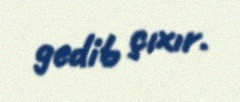
gedib çıxır.